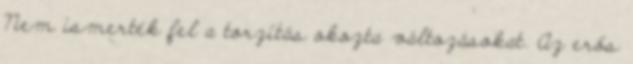
Nem ismerték fel a torzítás okozta változásokat. Az erős